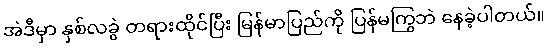
အဲဒီမှာ နှစ်လခွဲ တရားထိုင်ပြီး မြန်မာပြည်ကို ပြန်မကြွဘဲ နေခဲ့ပါတယ်။